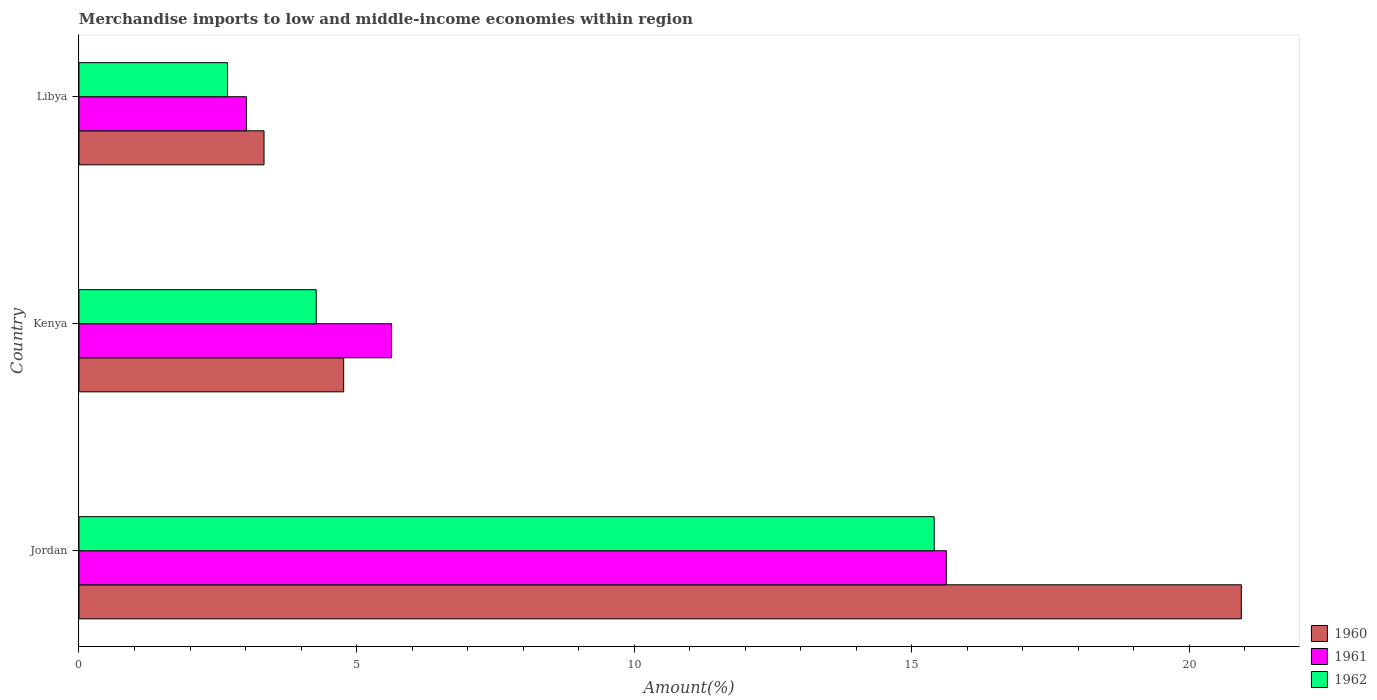
| Country | 1960 | 1961 | 1962 |
 | --- | --- | --- | --- |
 | Jordan | 20.9 | 15.6 | 15.4 |
 | Kenya | 4.77 | 5.63 | 4.27 |
 | Libya | 3.33 | 3.02 | 2.68 |